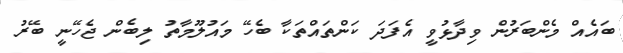
ބައެއް މެންބަރުން ވިދާޅުވީ އެފަދަ ކަންތައްތަކާ ބެހޭ މައުލޫމާތު ލިބެން ޖެހޭނީ ބޭރު